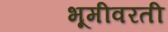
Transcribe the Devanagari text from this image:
भूमीवरती